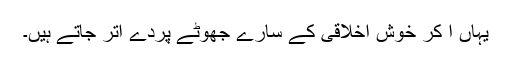
یہاں آ کر خوش اخلاقی کے سارے جھوٹے پردے اتر جاتے ہیں۔